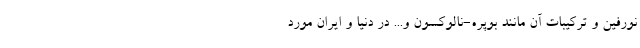
‌نورفین و ترکیبات آن مانند بوپره-نالوکسون و... در دنیا و ایران مورد